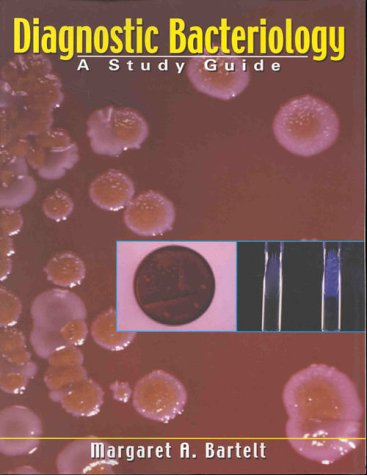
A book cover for Diagnostic Bacteriology: A Study Guide; Margaret A. Bartelt PhD  Diplomate  ABMM  MLS(ASCP)SM; Medical Books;